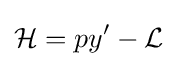
{\cal {H}}=py'-{\cal {L}}